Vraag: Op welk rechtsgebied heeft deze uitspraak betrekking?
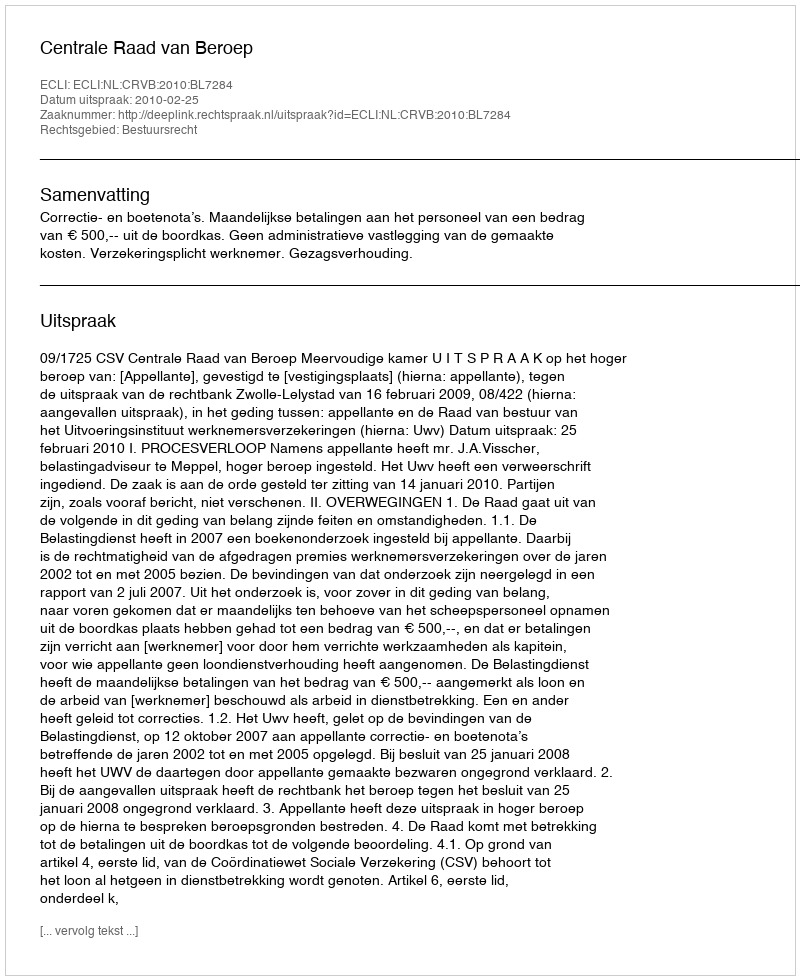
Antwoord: Bestuursrecht